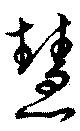
慧